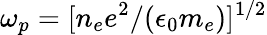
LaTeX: \omega_{p}=[n_{e}e^{2}/(\epsilon_{0}m_{e})]^{1/2}